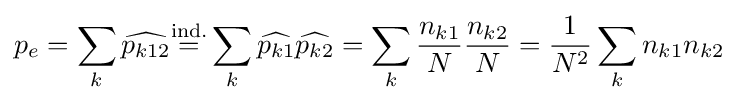
p_{e}=\sum _{k}{\widehat {p_{k12}}}{\overset {\text{ind.}}{=}}\sum _{k}{\widehat {p_{k1}}}{\widehat {p_{k2}}}=\sum _{k}{\frac {n_{k1}}{N}}{\frac {n_{k2}}{N}}={\frac {1}{N^{2}}}\sum _{k}n_{k1}n_{k2}